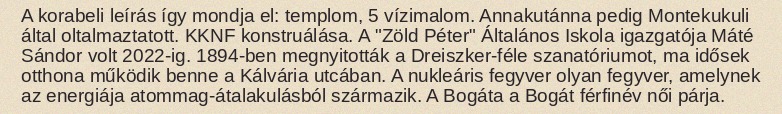
A korabeli leírás így mondja el: templom, 5 vízimalom. Annakutánna pedig Montekukuli által oltalmaztatott. KKNF konstruálása. A "Zöld Péter" Általános Iskola igazgatója Máté Sándor volt 2022-ig. 1894-ben megnyitották a Dreiszker-féle szanatóriumot, ma idősek otthona működik benne a Kálvária utcában. A nukleáris fegyver olyan fegyver, amelynek az energiája atommag-átalakulásból származik. A Bogáta a Bogát férfinév női párja.